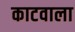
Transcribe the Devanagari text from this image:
काटवाला